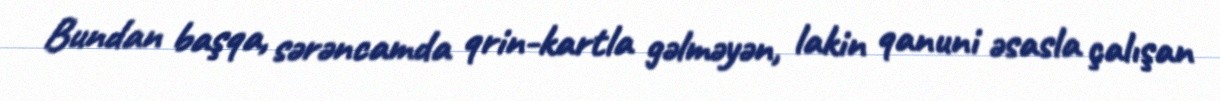
Bundan başqa, sərəncamda qrin-kartla gəlməyən, lakin qanuni əsasla çalışan